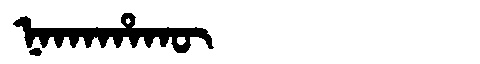
Manchu: ᠨᠠᡴᠠᡥᠠᡴᡡ
Romanization: NAKAHAKŪ